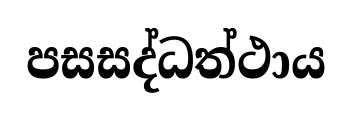
පසසද්ධත්ථාය